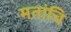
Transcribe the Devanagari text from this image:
मतांचि